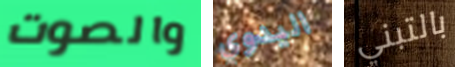
والصوت اليدوي بالتبني